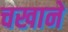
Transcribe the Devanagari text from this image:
चखाने